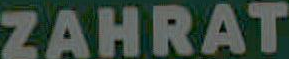
ZAHRAT